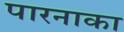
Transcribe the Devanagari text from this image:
पारनाका